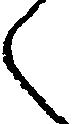
く